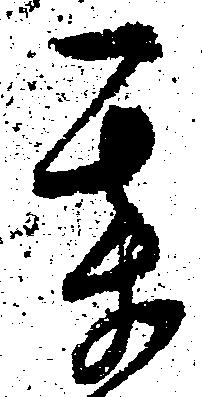
某